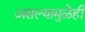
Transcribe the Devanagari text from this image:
असल्यामुळेही